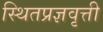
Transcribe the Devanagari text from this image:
स्थितप्रज्ञवृत्ती